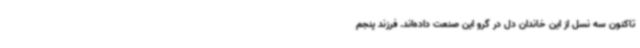
تاکنون سه نسل از این خاندان دل در گرو این صنعت داده‌اند. فرزند پنجم